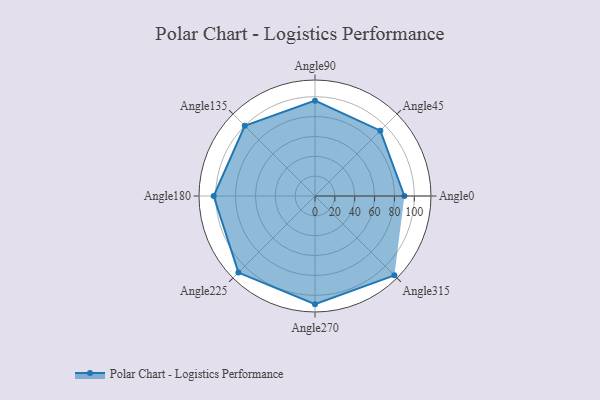
{"axis": {"x": "Angle", "y": "Radius"}, "legend": [""], "data": [{"x": "Angle0", "y": 90.0, "type": ""}, {"x": "Angle45", "y": 93.0, "type": ""}, {"x": "Angle90", "y": 96.0, "type": ""}, {"x": "Angle135", "y": 100.0, "type": ""}, {"x": "Angle180", "y": 102.0, "type": ""}, {"x": "Angle225", "y": 109.0, "type": ""}, {"x": "Angle270", "y": 109.0, "type": ""}, {"x": "Angle315", "y": 113.0, "type": ""}]}